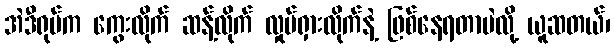
အဲဒီရုပ်က ကွေးလိုက် ဆန့်လိုက် လှုပ်ရှားလိုက်နဲ့ ဖြစ်နေရတာပဲလို့ ယူဆတယ်၊